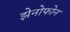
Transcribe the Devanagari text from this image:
झेनोफोन